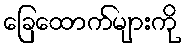
ခြေထောက်များကို